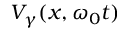
V _ { \gamma } ( x , \omega _ { 0 } t )